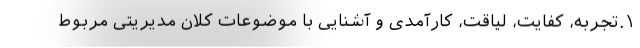
۱.تجربه، کفایت، لیاقت، کارآمدی و آشنایی با موضوعات کلان مدیریتی مربوط